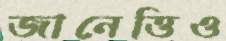
জানেত্তিও